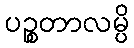
ပဉ္စတာလမ္ပိ